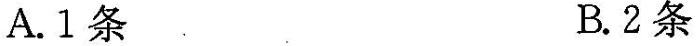
A.1条B.2条